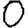
Digit: 0